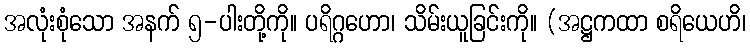
အလုံးစုံသော အနက် ၅-ပါးတို့ကို။ ပရိဂ္ဂဟော၊ သိမ်းယူခြင်းကို။ (အဋ္ဌကထာ စရိယေဟိ၊